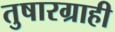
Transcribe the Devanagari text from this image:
तुषारग्राही